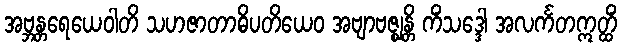
အဗ္ဘန္တရေယေဝါတိ သဟဇာတာဓိပတိယေဝ အဗျာဗဇ္ဈန္တိ ကိံသဒ္ဒေါ အလင်္ကတဣတ္ထိံ